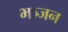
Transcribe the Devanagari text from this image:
भञ्जन